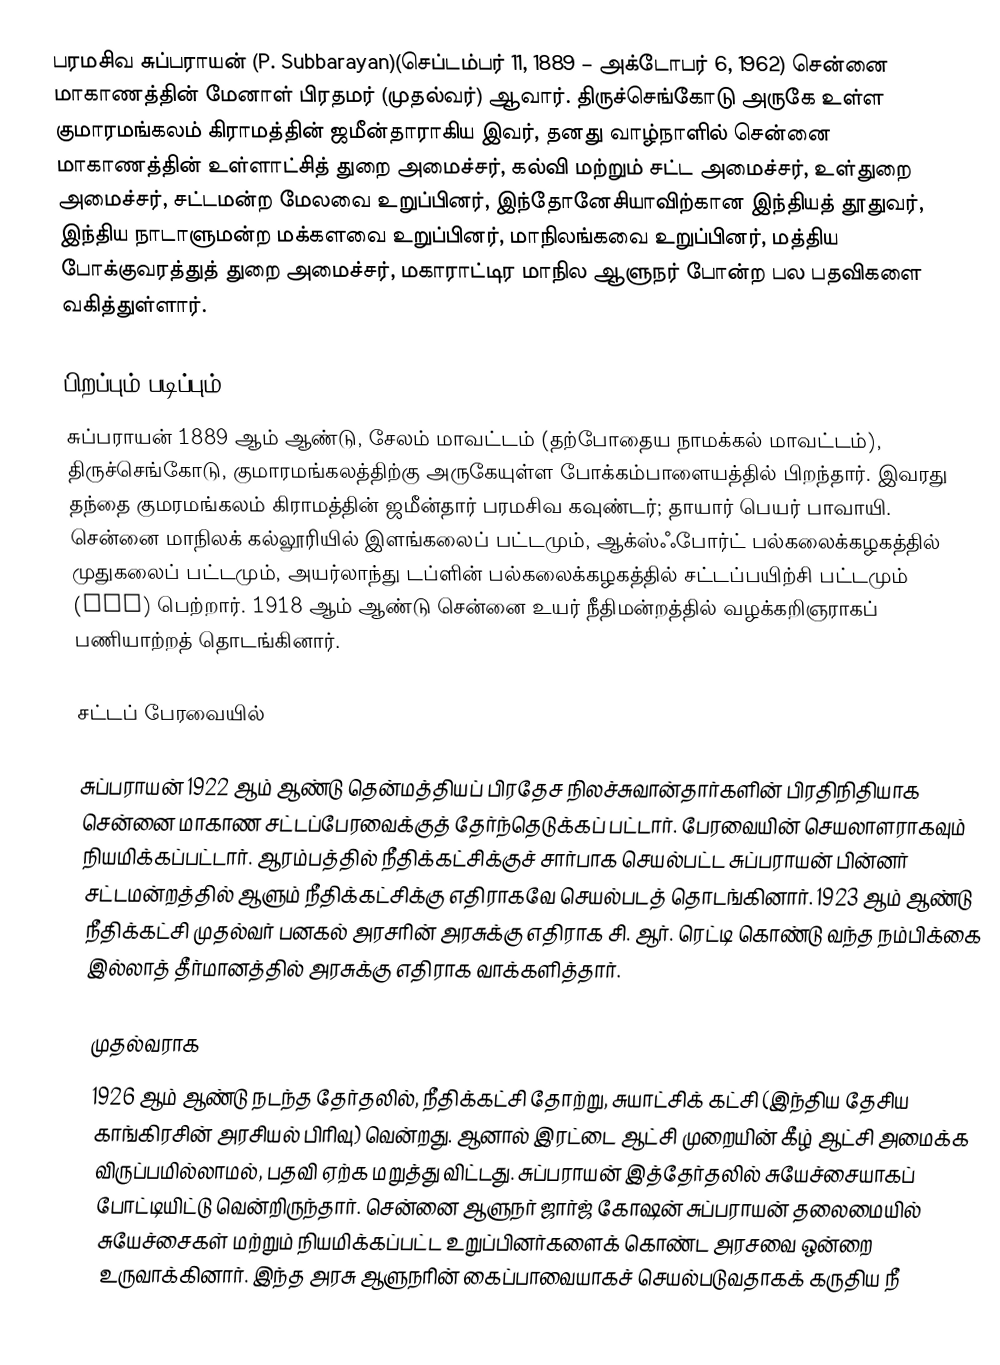
பரமசிவ சுப்பராயன் (P. Subbarayan)(செப்டம்பர் 11, 1889 – அக்டோபர் 6, 1962) சென்னை மாகாணத்தின் மேனாள் பிரதமர் (முதல்வர்) ஆவார். திருச்செங்கோடு அருகே உள்ள குமாரமங்கலம் கிராமத்தின் ஜமீன்தாராகிய இவர், தனது வாழ்நாளில் சென்னை மாகாணத்தின் உள்ளாட்சித் துறை அமைச்சர், கல்வி மற்றும் சட்ட அமைச்சர், உள்துறை அமைச்சர், சட்டமன்ற மேலவை உறுப்பினர், இந்தோனேசியாவிற்கான இந்தியத் தூதுவர், இந்திய நாடாளுமன்ற மக்களவை உறுப்பினர், மாநிலங்கவை உறுப்பினர், மத்திய போக்குவரத்துத் துறை அமைச்சர், மகாராட்டிர மாநில ஆளுநர் போன்ற பல பதவிகளை வகித்துள்ளார்.

பிறப்பும் படிப்பும்
சுப்பராயன் 1889 ஆம் ஆண்டு, சேலம் மாவட்டம் (தற்போதைய நாமக்கல் மாவட்டம்), திருச்செங்கோடு,  குமாரமங்கலத்திற்கு அருகேயுள்ள போக்கம்பாளையத்தில் பிறந்தார். இவரது தந்தை குமரமங்கலம் கிராமத்தின் ஜமீன்தார் பரமசிவ கவுண்டர்; தாயார் பெயர் பாவாயி. சென்னை மாநிலக் கல்லூரியில் இளங்கலைப் பட்டமும், ஆக்ஸ்ஃபோர்ட் பல்கலைக்கழகத்தில் முதுகலைப் பட்டமும், அயர்லாந்து டப்ளின் பல்கலைக்கழகத்தில் சட்டப்பயிற்சி பட்டமும் (LLD) பெற்றார். 1918 ஆம் ஆண்டு சென்னை உயர் நீதிமன்றத்தில் வழக்கறிஞராகப் பணியாற்றத் தொடங்கினார்.

சட்டப் பேரவையில்

சுப்பராயன் 1922 ஆம் ஆண்டு தென்மத்தியப் பிரதேச நிலச்சுவான்தார்களின் பிரதிநிதியாக சென்னை மாகாண சட்டப்பேரவைக்குத் தேர்ந்தெடுக்கப் பட்டார். பேரவையின் செயலாளராகவும் நியமிக்கப்பட்டார். ஆரம்பத்தில் நீதிக்கட்சிக்குச் சார்பாக செயல்பட்ட சுப்பராயன் பின்னர் சட்டமன்றத்தில் ஆளும் நீதிக்கட்சிக்கு எதிராகவே செயல்படத் தொடங்கினார். 1923 ஆம் ஆண்டு நீதிக்கட்சி முதல்வர் பனகல் அரசரின் அரசுக்கு எதிராக சி. ஆர். ரெட்டி கொண்டு வந்த நம்பிக்கை இல்லாத் தீர்மானத்தில் அரசுக்கு எதிராக வாக்களித்தார்.

முதல்வராக
1926 ஆம் ஆண்டு நடந்த தேர்தலில், நீதிக்கட்சி தோற்று, சுயாட்சிக் கட்சி (இந்திய தேசிய காங்கிரசின் அரசியல் பிரிவு) வென்றது. ஆனால் இரட்டை ஆட்சி முறையின் கீழ் ஆட்சி அமைக்க விருப்பமில்லாமல், பதவி ஏற்க மறுத்து விட்டது. சுப்பராயன் இத்தேர்தலில் சுயேச்சையாகப் போட்டியிட்டு வென்றிருந்தார். சென்னை ஆளுநர் ஜார்ஜ் கோஷன் சுப்பராயன் தலைமையில் சுயேச்சைகள் மற்றும் நியமிக்கப்பட்ட உறுப்பினர்களைக் கொண்ட அரசவை ஒன்றை உருவாக்கினார். இந்த அரசு ஆளுநரின் கைப்பாவையாகச் செயல்படுவதாகக் கருதிய நீ